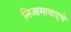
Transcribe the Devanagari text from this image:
निजामाबादचे